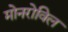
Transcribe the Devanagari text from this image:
मोनरोविल